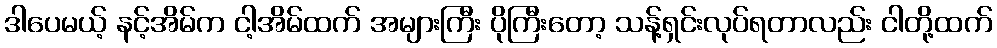
ဒါပေမယ့် နင့်အိမ်က ငါ့အိမ်ထက် အများကြီး ပိုကြီးတော့ သန့်ရှင်းလုပ်ရတာလည်း ငါတို့ထက်